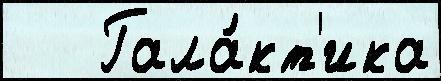
   Гала́кт'ика